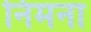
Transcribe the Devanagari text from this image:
निमना